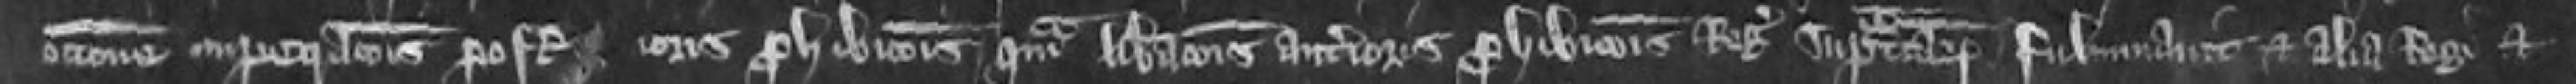
occasione impetrationis posterioris prohibitionis quam liberationis anterioris prohibitionis Regis supradictarum fulminavit et alia Regi et